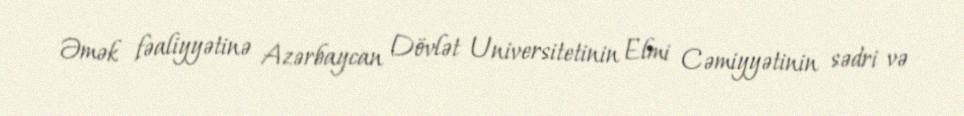
Əmək fəaliyyətinə Azərbaycan Dövlət Universitetinin Elmi Cəmiyyətinin sədri və